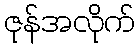
ဇုန်အလိုက်